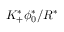
K _ { + } ^ { * } \phi _ { 0 } ^ { * } / R ^ { * }